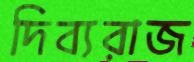
দিব্যরাজ